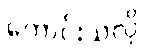
ကောင်းသလို